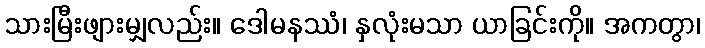
သားမြီးဖျားမျှလည်း။ ဒေါမနဿံ၊ နှလုံးမသာ ယာခြင်းကို။ အကတွာ၊